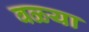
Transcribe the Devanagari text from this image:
वळ्या